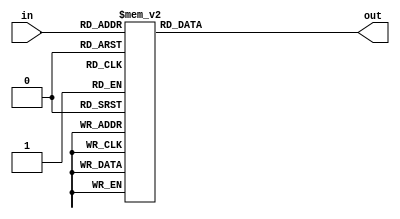
module decoder_32(in,out);

	input [4:0]in;
	output reg[31:0]out;
	
	always@(*)
	begin
		case(in)
		5'b00000:out = 32'b00000000000000000000000000000001;
		5'b00001:out = 32'b00000000000000000000000000000010;
		5'b00010:out = 32'b00000000000000000000000000000100;
		5'b00011:out = 32'b00000000000000000000000000001000;
		5'b00100:out = 32'b00000000000000000000000000010000;
		5'b00101:out = 32'b00000000000000000000000000100000;
		5'b00110:out = 32'b00000000000000000000000001000000;
		5'b00111:out = 32'b00000000000000000000000010000000;
		5'b01000:out = 32'b00000000000000000000000100000000;
		5'b01001:out = 32'b00000000000000000000001000000000;
		5'b01010:out = 32'b00000000000000000000010000000000;
		5'b01011:out = 32'b00000000000000000000100000000000;
		5'b01100:out = 32'b00000000000000000001000000000000;
		5'b01101:out = 32'b00000000000000000010000000000000;
		5'b01110:out = 32'b00000000000000000100000000000000;
		5'b01111:out = 32'b00000000000000001000000000000000;
		5'b10000:out = 32'b00000000000000010000000000000000;
		5'b10001:out = 32'b00000000000000100000000000000000;
		5'b10010:out = 32'b00000000000001000000000000000000;
		5'b10011:out = 32'b00000000000010000000000000000000;
		5'b10100:out = 32'b00000000000100000000000000000000;
		5'b10101:out = 32'b00000000001000000000000000000000;
		5'b10110:out = 32'b00000000010000000000000000000000;
		5'b10111:out = 32'b00000000100000000000000000000000;
		5'b11000:out = 32'b00000001000000000000000000000000;
		5'b11001:out = 32'b00000010000000000000000000000000;
		5'b11010:out = 32'b00000100000000000000000000000000;
		5'b11011:out = 32'b00001000000000000000000000000000;
		5'b11100:out = 32'b00010000000000000000000000000000;
		5'b11101:out = 32'b00100000000000000000000000000000;
		5'b11110:out = 32'b01000000000000000000000000000000;
		5'b11111:out = 32'b10000000000000000000000000000000;
		endcase
	end




endmodule